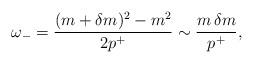
LaTeX: \begin{align*}\omega_- = \frac{(m+\delta m)^2-m^2}{2p^+} \sim \frac{m \, \delta m}{p^+},\end{align*}